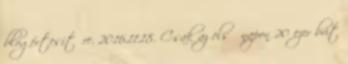
blogértesítőre. 2016.11.18. Csak az első napon 20 ezer brit